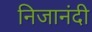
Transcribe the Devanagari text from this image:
निजानंदी